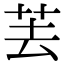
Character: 䒧